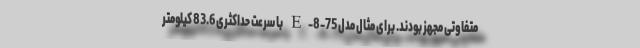
متفاوتی مجهز بودند. برای مثال مدل E-8-75 با سرعت حداکثری 83.6 کیلومتر